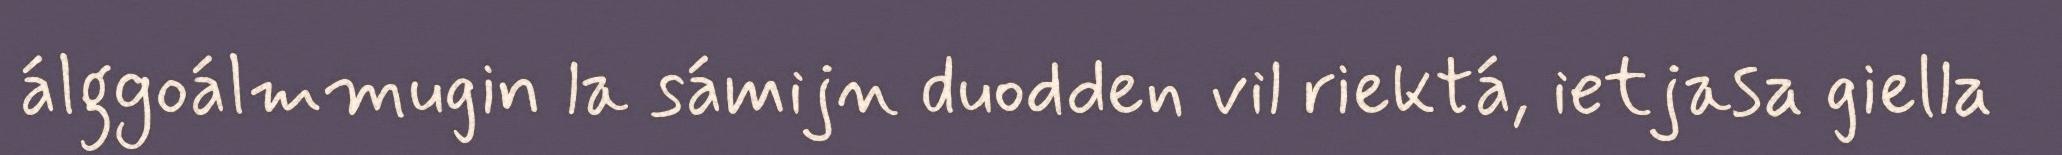
álggoálmmugin la sámijn duodden vil riektá, ietjasa giella